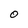
Character: 0